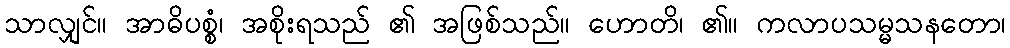
သာလျှင်။ အာဓိပစ္စံ၊ အစိုးရသည် ၏ အဖြစ်သည်။ ဟောတိ၊ ၏။ ကလာပသမ္မသနတော၊